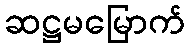
ဆဋ္ဌမမြောက်